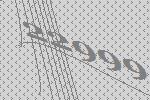
22999